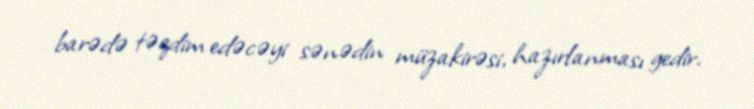
barədə təqdim edəcəyi sənədin müzakirəsi, hazırlanması gedir.